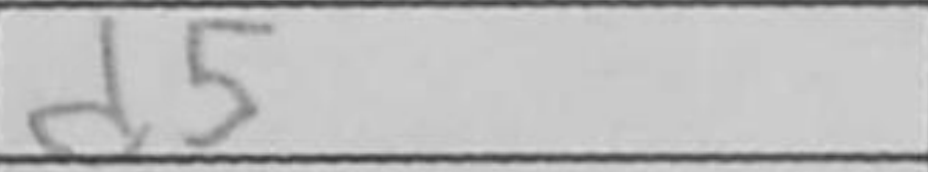
Transcription: d5